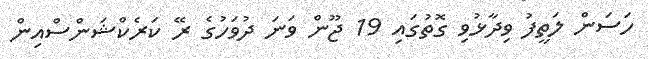
ހަސަން ލަތީފު ވިދާޅުވި ގޮތުގައި 19 ޖޫން ވަނަ ދުވަހުގެ ރޭ ކަރެކްޝަންސްއިން